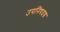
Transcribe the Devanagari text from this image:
उपनिषदद्य